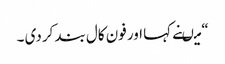
“ میںنے کہا اور فون کال بند کر دی ۔